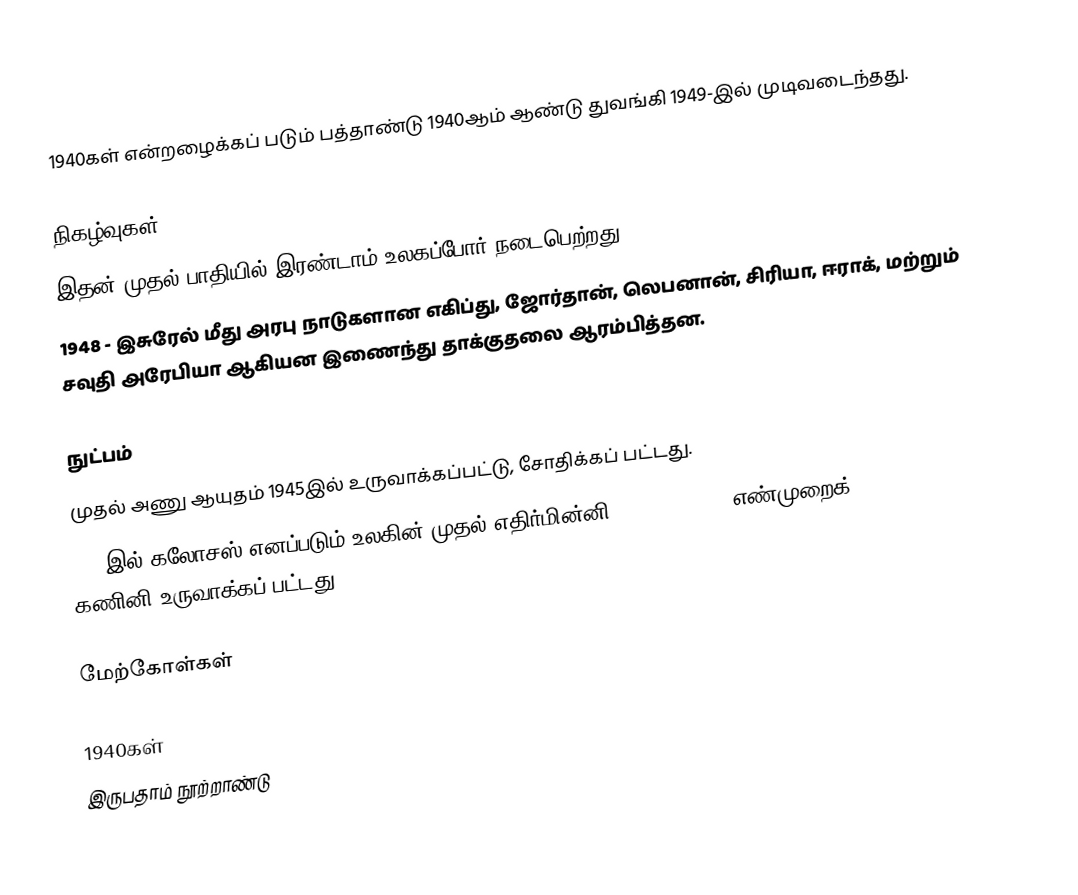
1940கள் என்றழைக்கப் படும் பத்தாண்டு 1940ஆம் ஆண்டு துவங்கி 1949-இல் முடிவடைந்தது.

நிகழ்வுகள்
 இதன் முதல் பாதியில் இரண்டாம் உலகப்போர் நடைபெற்றது.
 1948 - இசுரேல் மீது அரபு நாடுகளான எகிப்து, ஜோர்தான், லெபனான், சிரியா, ஈராக், மற்றும் சவுதி அரேபியா ஆகியன இணைந்து தாக்குதலை ஆரம்பித்தன.

நுட்பம்
 முதல் அணு ஆயுதம் 1945இல் உருவாக்கப்பட்டு, சோதிக்கப் பட்டது.
 1944இல் கலோசஸ் எனப்படும் உலகின் முதல் எதிர்மின்னி (electronic), எண்முறைக் (digital) கணினி உருவாக்கப் பட்டது.

மேற்கோள்கள்

1940கள்
இருபதாம் நூற்றாண்டு